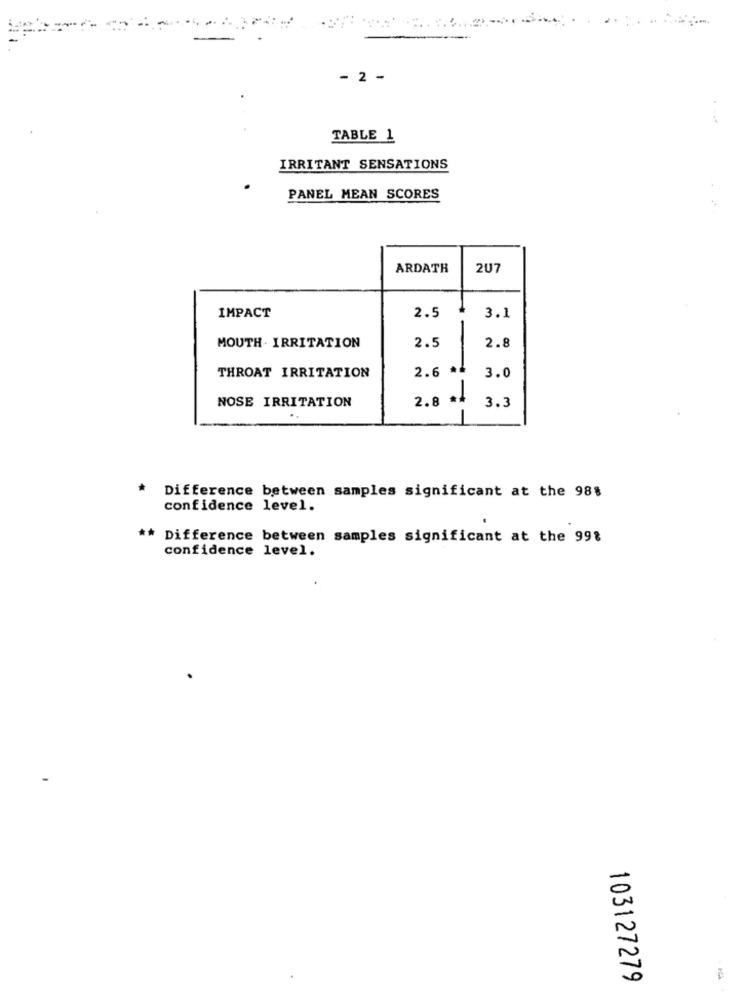
- 2 -
TABLE 1
IRRITANT SENSATIONS
PANEL MEAN SCORES
ARDATH
2U7
IMPACT
2.5
3.1
MOUTH . IRRITATION
2.5
2.8
2.6 *4
THROAT IRRITATION
3.0
NOSE IRRITATION
2.8 *4
3.3
Difference between samples significant at the 98%
confidence level.
** Difference between samples significant at the 99%
confidence level.
103127279